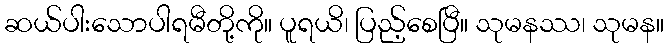
ဆယ်ပါးသောပါရမီတို့ကို။ ပူရယိ၊ ပြည့်စေပြီ။ သုမနဿ၊ သုမန။